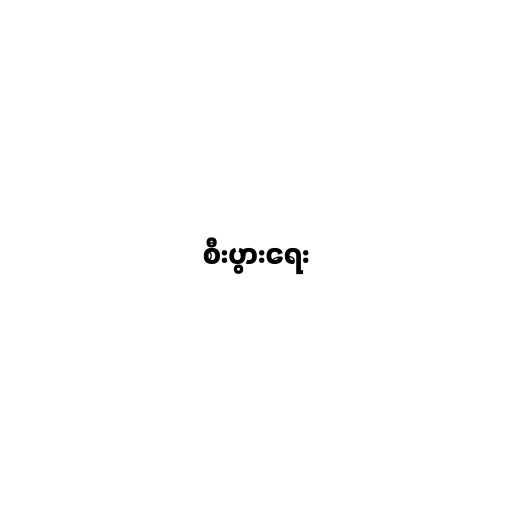
စီးပွားရေး